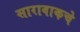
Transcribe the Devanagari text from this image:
सारावाकचे